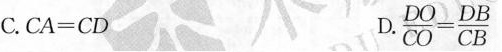
C. $$C A = C D$$ D. $$\frac{DO}{CO}= \frac{DB}{CB}$$